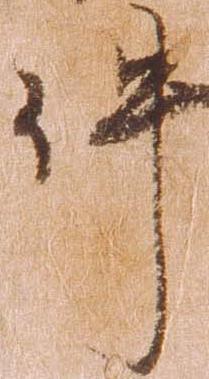
件